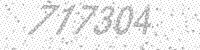
Solution: 717304